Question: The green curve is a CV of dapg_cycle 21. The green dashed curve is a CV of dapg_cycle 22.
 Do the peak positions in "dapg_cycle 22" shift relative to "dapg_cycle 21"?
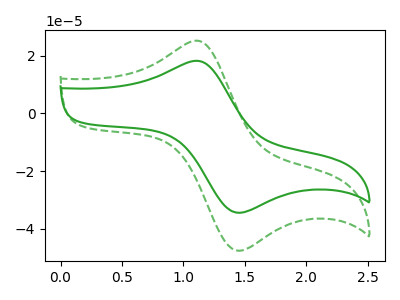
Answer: <think>The green curve "dapg_cycle 21" has an anodic peak at (1.15V, 18.20uA) and a cathodic peak at (1.45V, -34.50uA). The green dashed curve "dapg_cycle 22" has an anodic peak at (1.15V, 25.20uA) and a cathodic peak at (1.45V, -47.70uA).
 All the peaks in "dapg_cycle 22" have a peak in "dapg_cycle 21" at the same potential. Every peak in "dapg_cycle 22" is higher than every peak in "dapg_cycle 21".</think>
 <answer>No, "dapg_cycle 22" and "dapg_cycle 21" don't appear to be significantly different in shape</answer>
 <eval>no_change</eval>